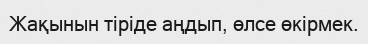
Жақынын тіріде аңдып, өлсе өкірмек.